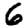
Digit: 6